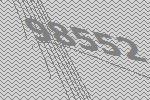
98552